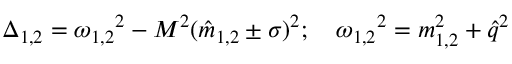
\Delta _ { 1 , 2 } = { \omega _ { 1 , 2 } } ^ { 2 } - M ^ { 2 } ( { \hat { m } } _ { 1 , 2 } \pm \sigma ) ^ { 2 } ; \quad { \omega _ { 1 , 2 } } ^ { 2 } = m _ { 1 , 2 } ^ { 2 } + { \hat { q } } ^ { 2 }